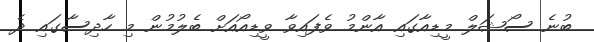
ބުނެ ސޯޝަލް މީޑިއާގައި އާންމު ވެފައިވާ ވީޑިއޯއަށް ބެލުމުން މި ހާދިސާގައި ދެ